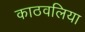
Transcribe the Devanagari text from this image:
काठवलिया